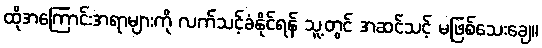
ထိုအကြောင်းအရာများကို လက်သင့်ခံနိုင်ရန် သူ့တွင် အဆင်သင့် မဖြစ်သေးချေ။